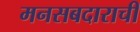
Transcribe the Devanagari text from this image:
मनसबदाराची